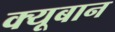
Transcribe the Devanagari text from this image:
क्यूबान